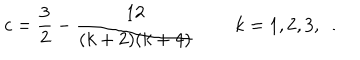
c = \frac { 3 } { 2 } - \frac { 1 2 } { ( k + 2 ) ( k + 4 ) } \, \qquad k = 1 , 2 , 3 , \ldots